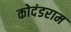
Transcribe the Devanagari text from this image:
कोदंडराम